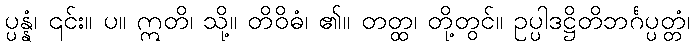
ပ္ပန္နံ၊ ၎င်း။ ပ။ ဣတိ၊ သို့။ တိဝိဓံ၊ ၏။ တတ္ထ၊ တို့တွင်။ ဥပ္ပါဒဋ္ဌိတိဘင်္ဂပ္ပတ္တံ၊